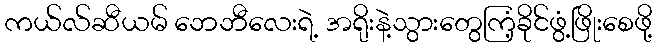
ကယ်လ်ဆီယမ် ဘေဘီလေးရဲ့ အရိုးနဲ့သွားတွေကြံ့ခိုင်ဖွံ့ဖြိုးစေဖို့